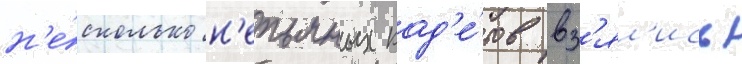
н'е́сколько н'епьяных кад'е́тов вз'ял'ись